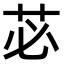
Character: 苾